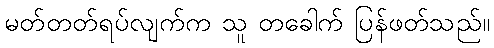
မတ်တတ်ရပ်လျက်က သူ တခေါက် ပြန်ဖတ်သည်။